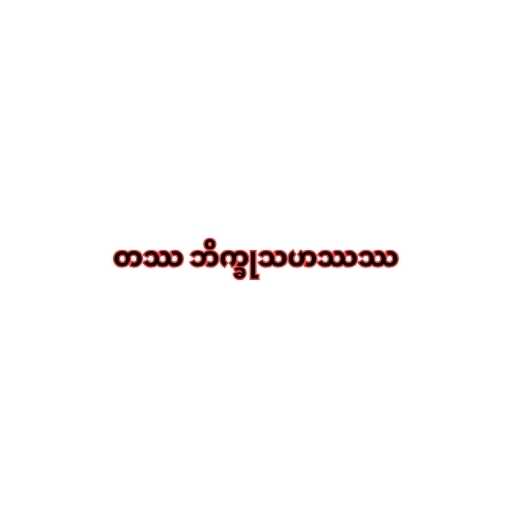
တဿ ဘိက္ခုသဟဿဿ